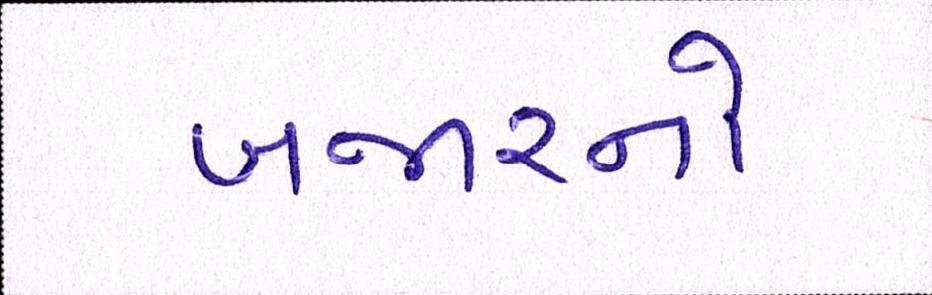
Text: બજારનો